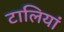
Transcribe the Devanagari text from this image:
टालियां